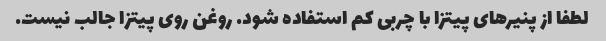
لطفا از پنیرهای پیتزا با چربی کم استفاده شود. روغن روی پیتزا جالب نیست.